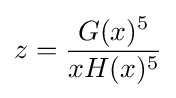
\displaystyle z={\frac {G(x)^{5}}{xH(x)^{5}}}